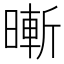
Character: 𣊙